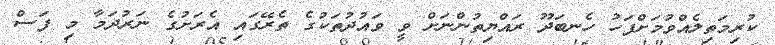
ކުރިމަތިލެއްވުމަށްފަހު ހެނބަދޫ ރައްޔިތުންނަށް ވީ ވައުދުތަކުގެ ތެރޭގައި އެރަށުގެ ނަރުދަމާ މި ފަސް